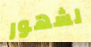
لشهور